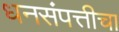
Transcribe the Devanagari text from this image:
धनसंपत्तीचा